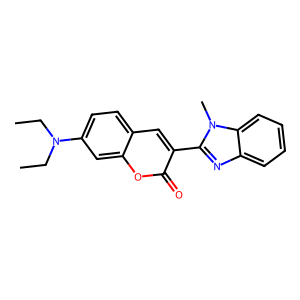
SMILES: CCN(CC)c1ccc2cc(-c3nc4ccccc4n3C)c(=O)oc2c1
Inhibits HIV replication: No